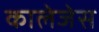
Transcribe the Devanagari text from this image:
कालेजेस